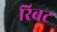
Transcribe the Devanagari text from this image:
रिबट